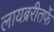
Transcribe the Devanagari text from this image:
लायब्ररीतर्फे